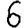
Digit: 6